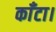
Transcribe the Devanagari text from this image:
काँटा।